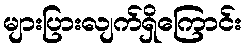
များပြားလျက်ရှိကြောင်း